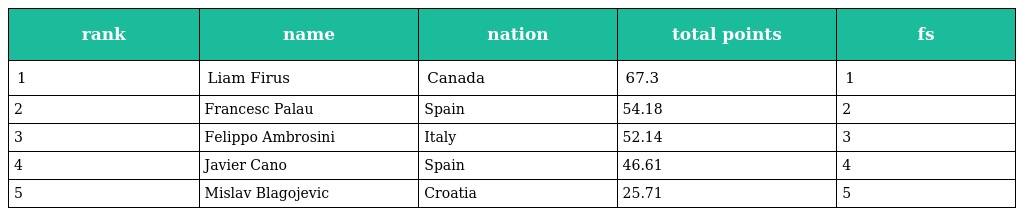
| rank | name | nation | total points | fs |
 | --- | --- | --- | --- | --- |
 | 1 | Liam Firus | Canada | 67.3 | 1 |
 | 2 | Francesc Palau | Spain | 54.18 | 2 |
 | 3 | Felippo Ambrosini | Italy | 52.14 | 3 |
 | 4 | Javier Cano | Spain | 46.61 | 4 |
 | 5 | Mislav Blagojevic | Croatia | 25.71 | 5 |